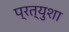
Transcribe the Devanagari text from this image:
प्रत्युशा